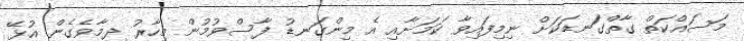
މަސައްކަތް ގާތްގަނޑަކަށް ނިމިފައިވާ ކަމަށާއި އެ މިންގަނޑު ފާސްވުމުން މިހާރު ދިމާވެގެން އުޅޭ